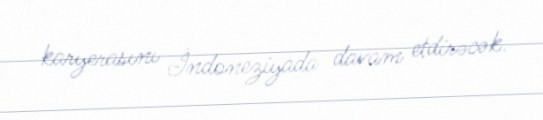
karyerasını İndoneziyada davam etdirəcək.